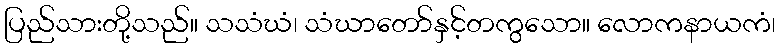
ပြည်သားတို့သည်။ သသံဃံ၊ သံဃာတော်နှင့်တကွသော။ လောကနာယကံ၊